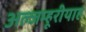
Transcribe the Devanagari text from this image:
अल्जम्हूरीयाह